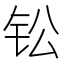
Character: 𫓪